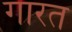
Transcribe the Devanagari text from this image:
गारत